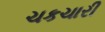
ચકચારી